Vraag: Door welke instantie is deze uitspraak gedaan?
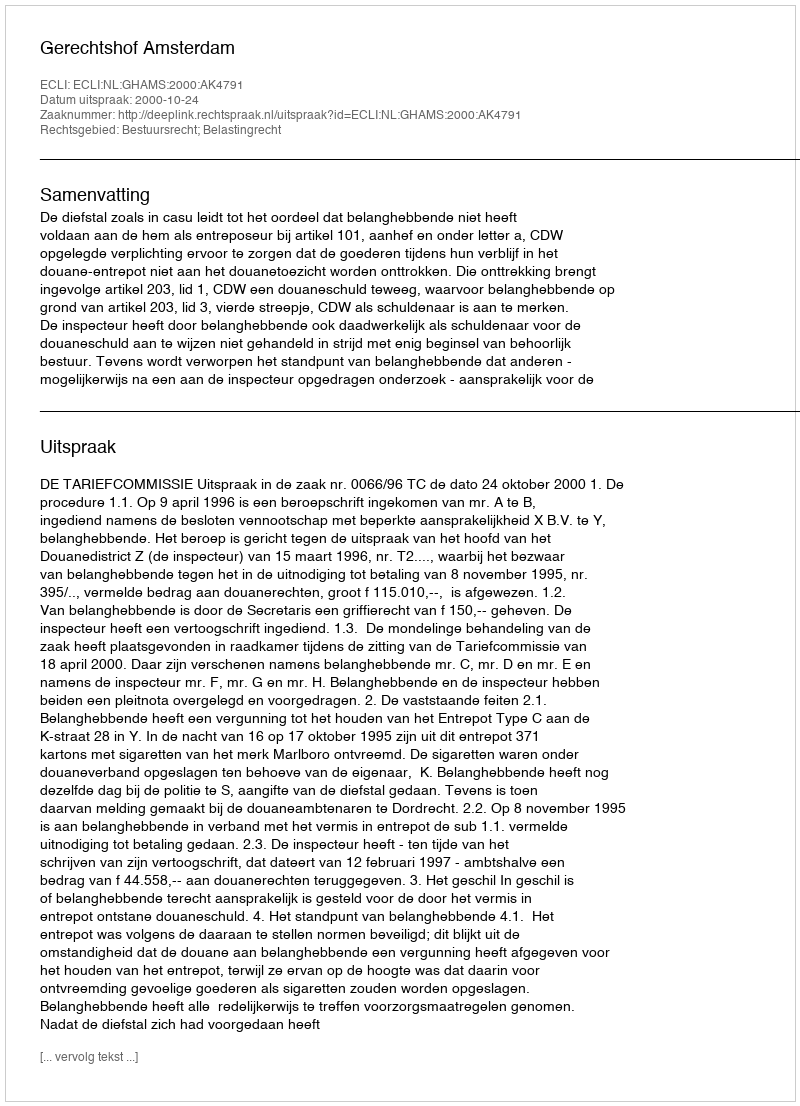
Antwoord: Gerechtshof Amsterdam